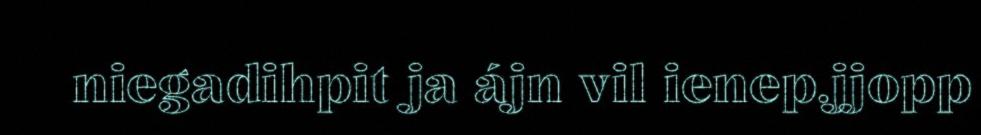
niegadihpit ja ájn vil ienep.jjopp